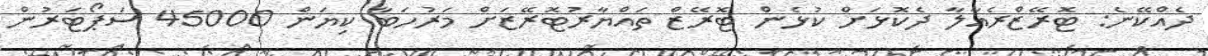
ދެއްކޭނެ: ޓޮރޭޒްރެއާލާ ދެކޮޅަށް ކުޅެން ޓޮރޭޒް ތައްޔާރުޓޮރޭޒަށް މަރުހަބާ ކިޔަން 45000 ސަޕޯޓަރުން